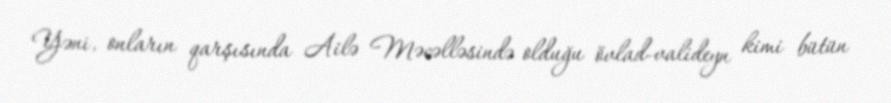
Yəni, onların qarşısında Ailə Məcəlləsində olduğu övlad-valideyn kimi bütün